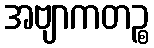
အဗျာကတဉ္စ